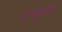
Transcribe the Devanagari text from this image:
प्राणहानि